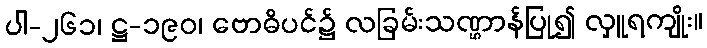
ပါ-၂၆၁၊ ဋ္ဌ-၁၉၀၊ ဗောဓိပင်၌ လခြမ်းသဏ္ဌာန်ပြု၍ လှူရကျိုး။